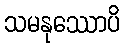
သမနုဿောပိ